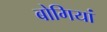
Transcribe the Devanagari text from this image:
बोगियां